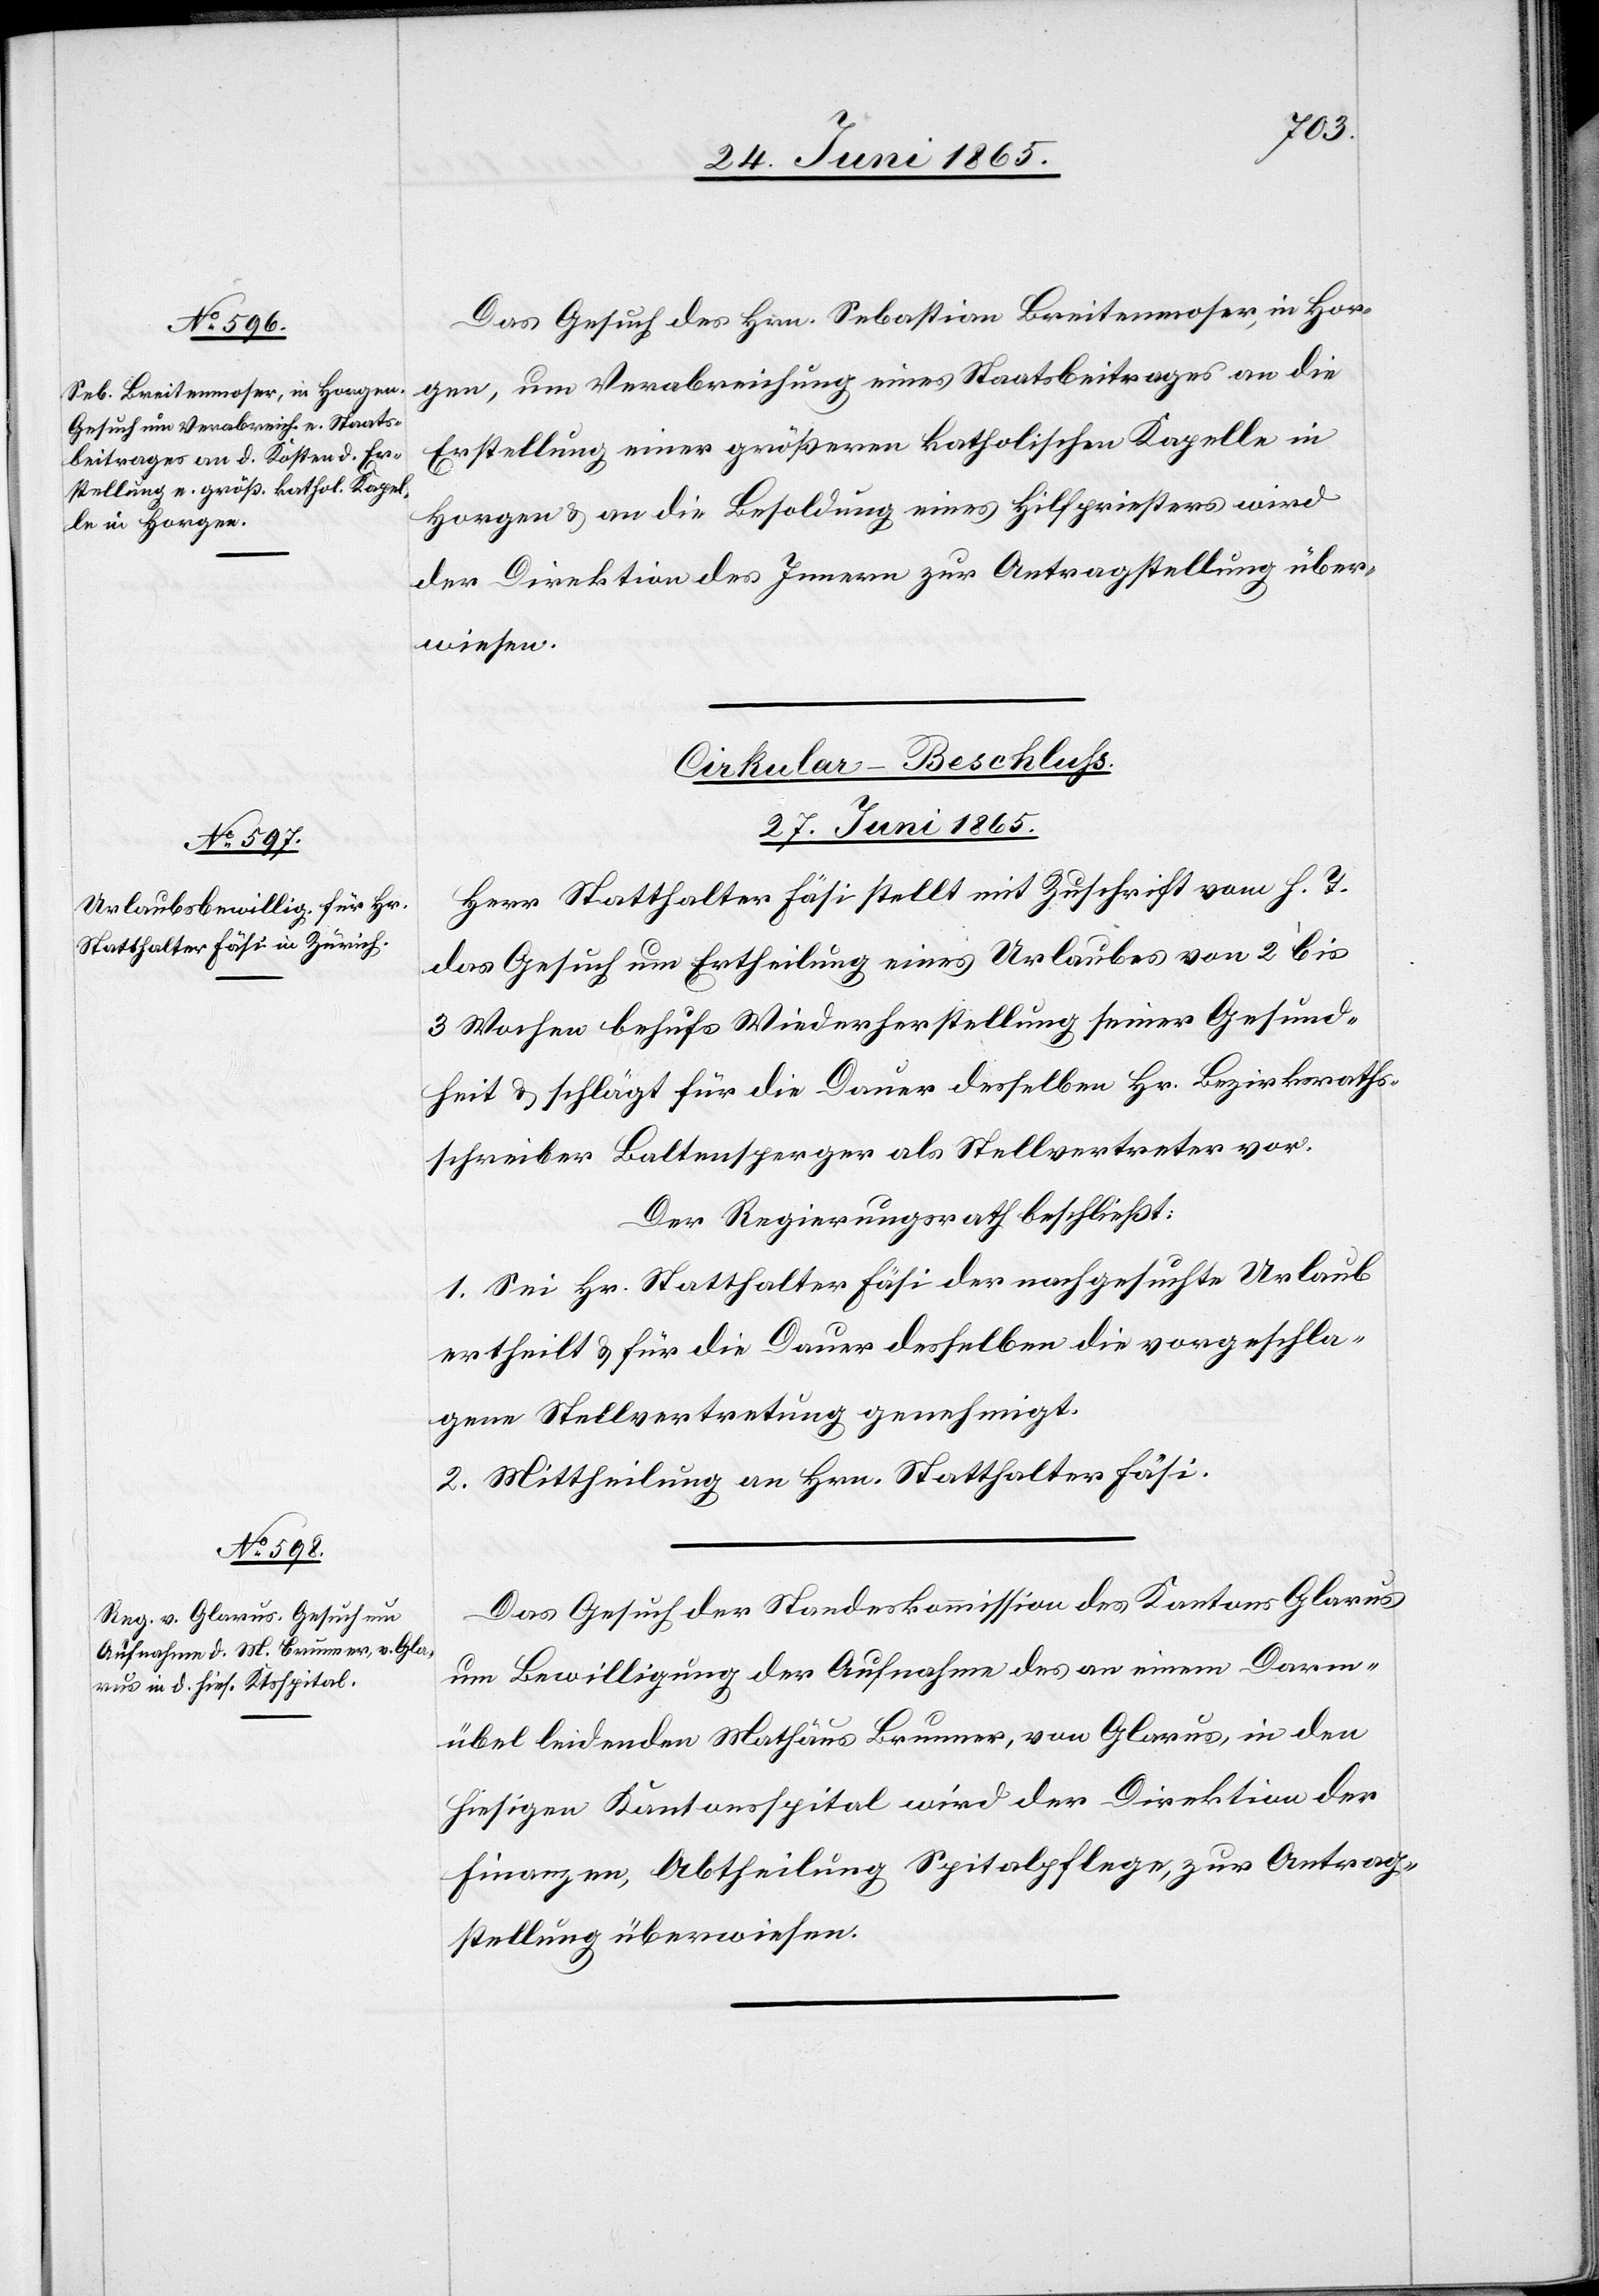
Das Gesuch des Hrn. Sebastian Breitenmoser, in Hor¬
gen, um Verabreichung eines Staatsbeitrages an die
Erstellung einer größeren katholischen Kapelle in
Horgen & an die Besoldung eines Hilfpriesters wird
der Direktion des Innern zur Antragstellung über¬
wiesen.
Cirkular-Beschluss.
27. Juni 1865.]
Herr Statthalter Fäsi stellt mit Zuschrift vom h. T.
das Gesuch um Ertheilung eines Urlaubes von 2 bis
3 Wochen behufs Wiederherstellung seiner Gesund¬
heit & schlägt für die Dauer desselben Hr. Bezirksraths¬
schreiber Baltensperger als Stellvertreter vor.
Der Regierungsrath beschließt:
1. Sei Hr. Statthalter Fäsi der nachgesuchte Urlaub
ertheilt & für die Dauer desselben die vorgeschla¬
gene Stellvertretung genehmigt.
2. Mittheilung an Hrn. Statthalter Fäsi.
Das Gesuch der Standeskommission des Kantons Glarus
um Bewilligung der Aufnahme des an einem Darm¬
übel leidenden Mathäus Brunner, von Glarus, in den
hiesigen Kantonsspital wird der Direktion der
Finanzen, Abtheilung Spitalpflege, zur Antrag¬
stellung überwiesen.